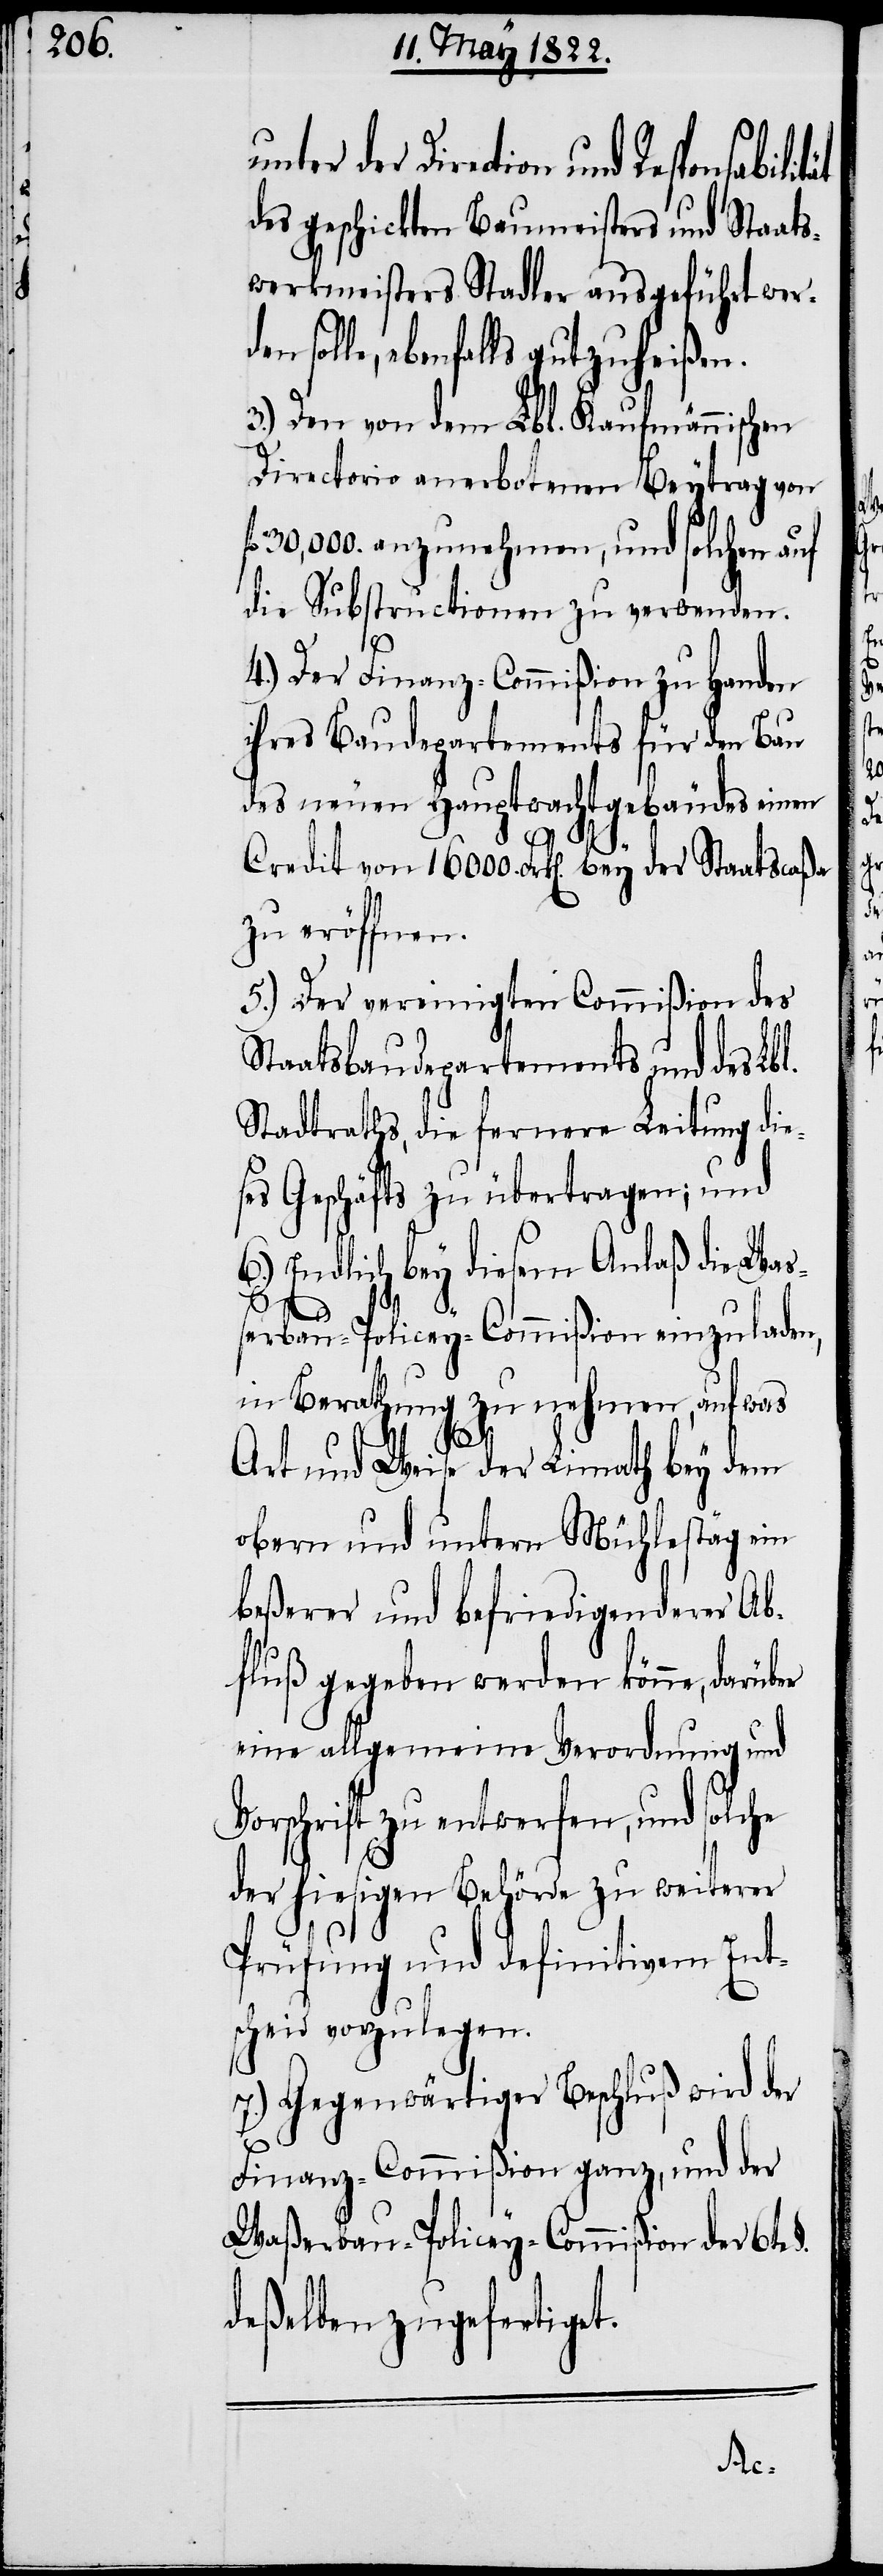
unter der Direction und Responsabi¬
des geschickten Baumeisters und Staats¬
werkmeisters Stadler ausgeführt wer¬
le, ebenfalls gutzuheißen.
3.) Den von dem Lbl. Kaufmännischen
Directorio anerbotenen Beytrag von
30,000. anzunehmen, und solchen auf
die Substructionen zu verwenden.
4.) Der Finanz-Commißion zu Handen
ihres Baudepartements für den Bau
des neuen Hauptwachtgebäudes einen
Credit von 16000. Frk[en]. bey der Staatscaßa
zu eröffnen.
5.) Der vereinigten Commißion des
Staatsbaudepartements und des Lbl.
Stadtraths, die fernere Leitung die¬
ses Geschäfts zu übertragen; und
6.) Endlich bey diesem Anlaß die Waß¬
erbau-Policey-Commißion einzuladen,
in Berathung zu nehmen, auf was
Art und Weise der Limath bey dem
obern und untern Mühlestäg ein
beßerer und befriedigenderer Ab¬
fluß gegeben werden könne, darüber
eine allgemeine Verordnung und
Vorschrift zu entwerfen, und solche
der hiesigen Behörde zu weiterer
Prüfung und definitivem Ent¬
scheid vorzulegen.
7.) Gegenwärtiger Beschluß wird der
Finanz-Commißion ganz, und der
Waßerbau-Policey-Commißion der 6te
deßelben zugefertiget.
sol¬